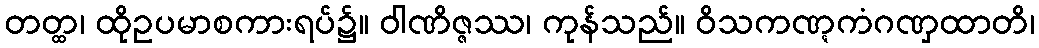
တတ္ထ၊ ထိုဥပမာစကားရပ်၌။ ဝါဏိဇ္ဇဿ၊ ကုန်သည်။ ဝိသကဏ္ဋကံဂဏှထာတိ၊